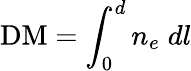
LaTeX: \mathrm{DM}=\int_{0}^{d}{n_{e}\; dl}